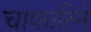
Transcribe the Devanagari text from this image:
चाफारिने